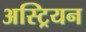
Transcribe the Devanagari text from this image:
अस्ट्रियन